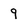
Character: 9